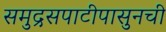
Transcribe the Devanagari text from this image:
समुद्रसपाटीपासुनची